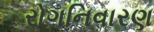
રોગનિવારણ